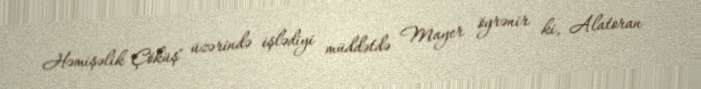
Həmişəlik Çöküş" üzərində işlədiyi müddətdə Mayer öyrənir ki, Alatoran